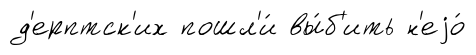
д'ерптск'их пошл'и́ вы́б'ить н'еjо́